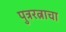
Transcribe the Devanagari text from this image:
पुत्ररत्नाचा